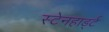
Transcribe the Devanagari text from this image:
स्टेनहार्ड्ट